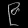
Digit: ၉